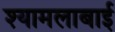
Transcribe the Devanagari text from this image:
श्यामलाबाई